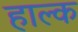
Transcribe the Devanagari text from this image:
हाल्क